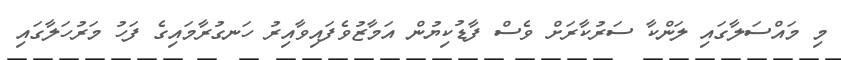
މި މައްސަލާގައި ލަންކާ ސަރުކާރަށް ވެސް ފާޑުކިޔުން އަމާޒުވެފައިވާއިރު ހަނގުރާމައިގެ ފަހު މަރުހަލާގައި